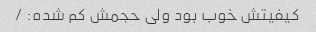
کیفیتش خوب بود ولی حجمش کم شده: /